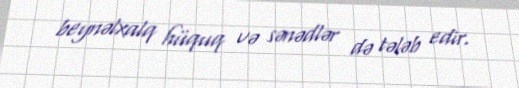
beynəlxalq hüquq və sənədlər də tələb edir.